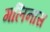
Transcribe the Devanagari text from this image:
गलिनास